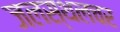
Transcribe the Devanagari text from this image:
जलस्थलचर